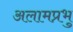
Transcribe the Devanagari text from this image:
अलामप्रभु